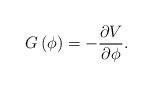
LaTeX: \begin{align*}G\left(\phi\right)=-{\partial V \over \partial \phi}.\end{align*}